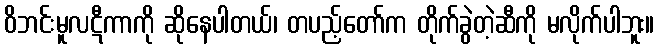
ဝိဘင်းမူလဋီကာကို ဆိုနေပါတယ်၊ တပည့်တော်က တိုက်ခွဲတဲ့ဆီကို မလိုက်ပါဘူး။